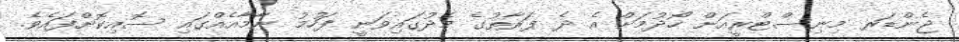
ޖެންޑަރ މިނިސްޓްރީއަށް ހޯދުމަށް އެ ދެ ފަރާތުގެ މެދުގައިވަނީ ފަހުމު ނާމާއެއްގައި ސޮއިކޮށްފައެވެ.